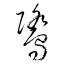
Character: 鷺